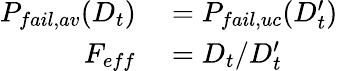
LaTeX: \begin{array}{rl}{P_{fail,av}(D_{t})}&{{}=P_{fail,uc}(D_{t}^{\prime})}\\ {F_{eff}}&{{}=D_{t}/D_{t}^{\prime}}\end{array}